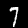
Label: 7